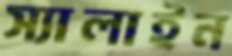
স্যালাইন